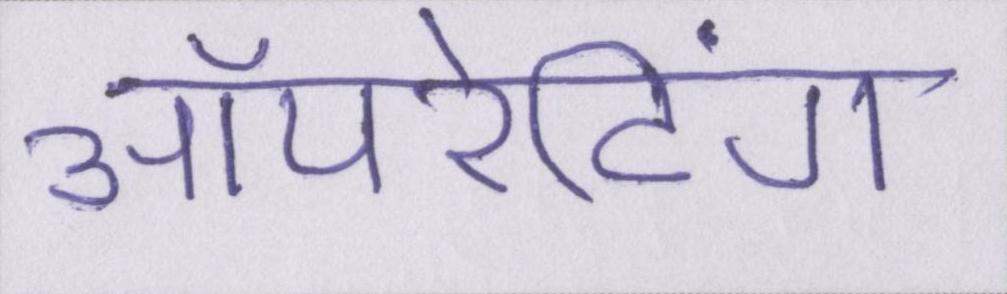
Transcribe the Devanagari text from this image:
ऑपरेटिंग